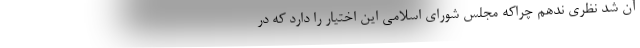
آن شد نظری ندهم چراکه مجلس شورای اسلامی این اختیار را دارد که در